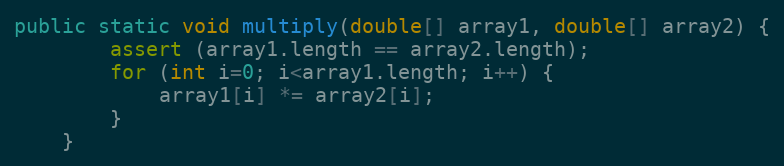
Language: Java
public static void multiply(double[] array1, double[] array2) {
        assert (array1.length == array2.length);
        for (int i=0; i<array1.length; i++) {
            array1[i] *= array2[i];
        }
    }